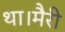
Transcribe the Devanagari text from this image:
था।मैरी